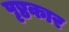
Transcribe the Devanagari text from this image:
पृष्ठकार